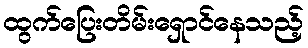
ထွက်ပြေးတိမ်းရှောင်နေသည့်